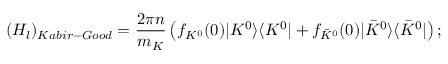
( H _ { l } ) _ { K a b i r - G o o d } = \frac { 2 \pi n } { m _ { K } } \left( f _ { K ^ { 0 } } ( 0 ) | K ^ { 0 } \rangle \langle K ^ { 0 } | + f _ { \bar { K } ^ { 0 } } ( 0 ) | \bar { K } ^ { 0 } \rangle \langle \bar { K } ^ { 0 } | \right) ;